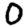
Digit: 0